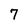
Character: 7